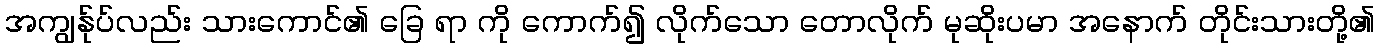
အကျွန်ုပ်လည်း သားကောင်၏ ခြေ ရာ ကို ကောက်၍ လိုက်သော တောလိုက် မုဆိုးပမာ အနောက် တိုင်းသားတို့၏